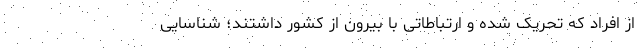
از افراد که تحریک شده و ارتباطاتی با بیرون از کشور داشتند؛ شناسایی